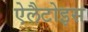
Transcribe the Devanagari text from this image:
ऐलैटोइस